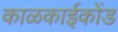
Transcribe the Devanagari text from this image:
काळकाईकोंड